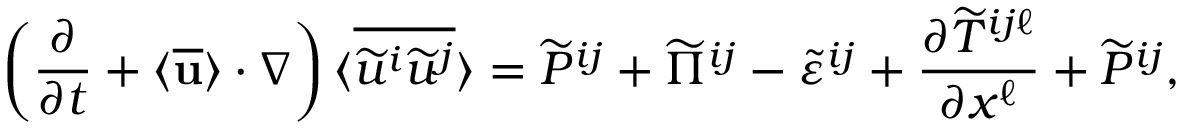
\left( { \frac { \partial } { \partial t } + \langle { \overline { { \bf { u } } } } \rangle \cdot \nabla } \right) \langle { \overline { { { \widetilde { u } } ^ { i } { \widetilde { u } } ^ { j } } } } \rangle = \widetilde { P } ^ { i j } + \widetilde { \Pi } ^ { i j } - \widetilde { \varepsilon } ^ { i j } + \frac { \partial { \widetilde { T } } ^ { i j \ell } } { \partial x ^ { \ell } } + \widetilde { { \cal { P } } } ^ { i j } ,